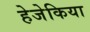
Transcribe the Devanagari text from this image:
हेजेकिया